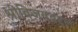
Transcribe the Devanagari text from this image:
श्रीविजयबद्दल